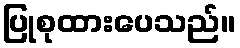
ပြုစုထားပေသည်။